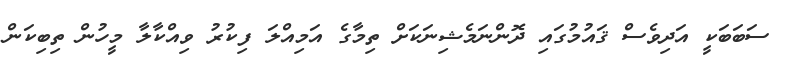
ސަބަބަކީ އަދިވެސް ޤައުމުގައި ދޮންނަމެޝިނަކަށް ތިމާގެ އަމިއްލަ ފިކުރު ވިއްކާލާ މީހުން ތިބިކަން